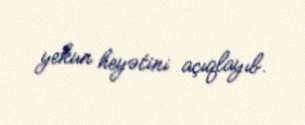
yekun heyətini açıqlayıb.